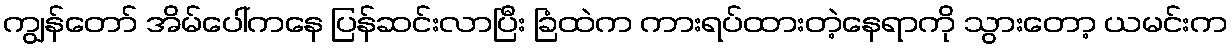
ကျွန်တော် အိမ်ပေါ်ကနေ ပြန်ဆင်းလာပြီး ခြံထဲက ကားရပ်ထားတဲ့နေရာကို သွားတော့ ယမင်းက